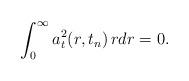
LaTeX: \begin{align*}\int_0^{\infty}a_t^2(r,t_n)\,rdr=0.\end{align*}